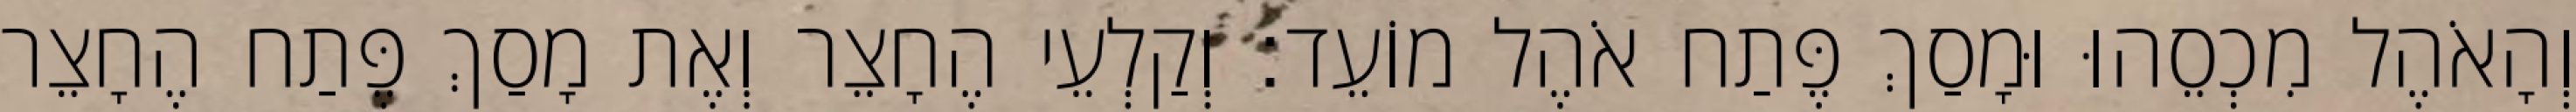
וְהָאֹהֶל מִכְסֵהוּ וּמָסַךְ פֶּתַח אֹהֶל מוֹעֵד׃ וְקַלְעֵי הֶחָצֵר וְאֶת מָסַךְ פֶּתַח הֶחָצֵר